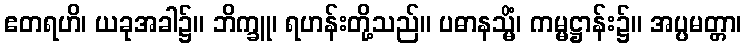
ဧတရဟိ၊ ယခုအခါ၌။ ဘိက္ခူ၊ ရဟန်းတို့သည်။ ပဓာနသ္မိံ၊ ကမ္မဋ္ဌာန်း၌။ အပ္ပမတ္တာ၊